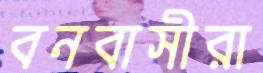
বনবাসীরা